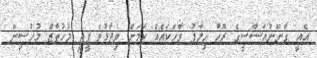
އެއީ ގާނޫނުއަސާސީގެ ރޫހާ ހިލާފު ވާހަކައެއް ކަމަށް ވިދާޅުވެ ޕީޖީ މުހުތާޒް މުހުސިން